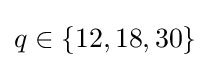
q\in \{12,18,30\}